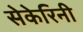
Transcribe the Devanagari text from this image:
सेकेरिनी